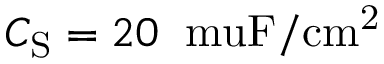
C _ { \mathrm { S } } = 2 0 \: \mathrm { \ m u F / c m ^ { 2 } }